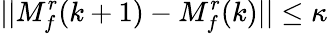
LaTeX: \lvert|M_{f}^{r}(k+1)-M_{f}^{r}(k)\rvert|\leq\kappa